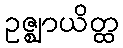
ဥဇ္ဈာယိတ္ထ